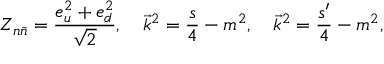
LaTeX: Z _ { n \bar { n } } = \frac { e _ { u } ^ { 2 } + e _ { d } ^ { 2 } } { \sqrt 2 } , \quad \vec { k } ^ { 2 } = \frac s 4 - m ^ { 2 } , \quad \vec { k } ^ { 2 } = \frac { s ^ { \prime } } 4 - m ^ { 2 } ,